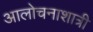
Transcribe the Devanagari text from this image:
आलोचनाशात्री